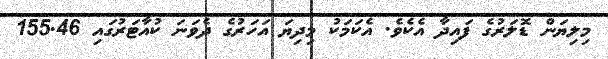
މިލިޔަން ޑޮލަރުގެ ފައިދާ އެކެވެ. އެކަމަކު މިދިޔަ އަހަރުގެ ދެވަނަ ކުއާޓަރުގައި 155.46